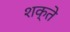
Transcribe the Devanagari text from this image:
शक्ते